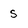
Character: s